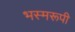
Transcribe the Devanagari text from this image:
भस्मरूपी